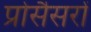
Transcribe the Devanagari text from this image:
प्रोसैसरों